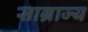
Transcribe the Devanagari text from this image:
साग्राज्‍य